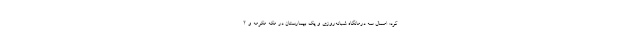
کرد: امسال سه درمانگاه شبانه‌روزی و یک بیمارستان در مکه مکرمه و ۲